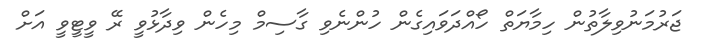
ޖަރުމަނުވިލާތުން ހިމާޔަތް ހޯއްދަވައިގެން ހުންނެވި ގާސިމް މިހެން ވިދާޅުވީ ރޭ ވީޓީވީ އަށް